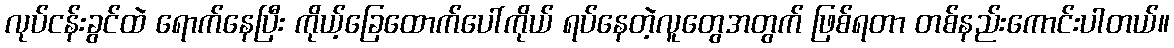
လုပ်ငန်းခွင်ထဲ ရောက်နေပြီး ကိုယ့်ခြေထောက်ပေါ်ကိုယ် ရပ်နေတဲ့လူတွေအတွက် ဖြစ်ရတာ တစ်နည်းကောင်းပါတယ်။